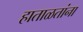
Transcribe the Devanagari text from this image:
हाताळतांना